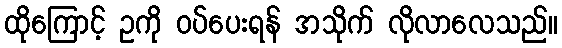
ထိုကြောင့် ဥကို ဝပ်ပေးရန် အသိုက် လိုလာလေသည်။